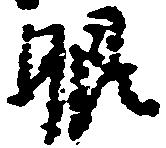
眼